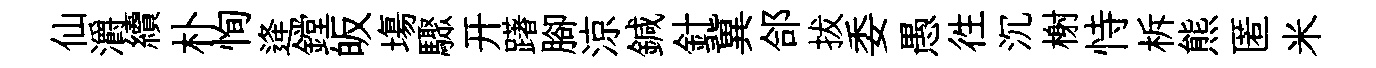
仙灂續朴恂逄鏜皈塲驟开躇腳涼鍼針冀郃拔委愚徃沉榭恃柝熊匿米